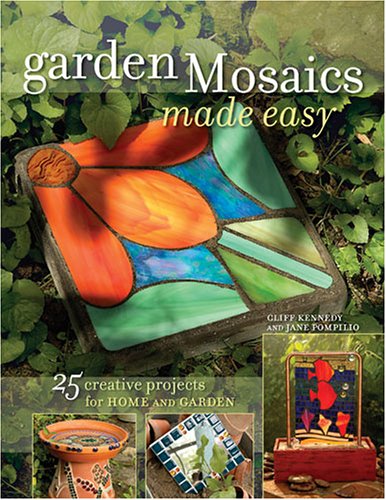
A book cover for Garden Mosaics Made Easy; Jane Pompilio; Crafts, Hobbies & Home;